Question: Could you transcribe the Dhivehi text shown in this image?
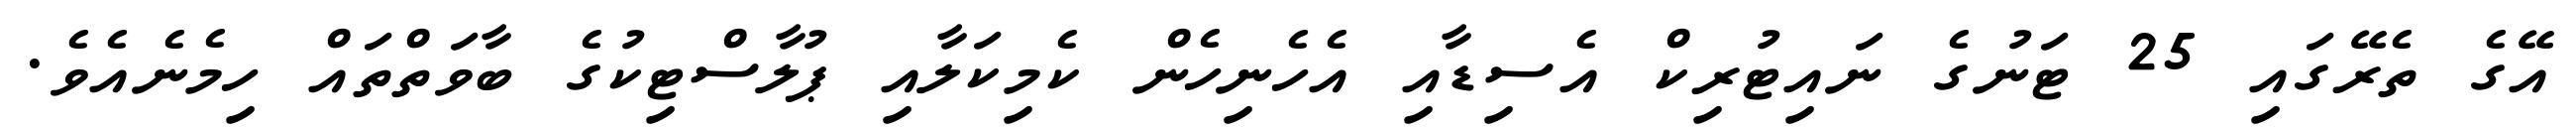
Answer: އޭގެ ތެރޭގައި 25 ޓަނުގެ ނައިޓުރިކް އެސިޑާއި އެހެނިހެން ކެމިކަލާއި ޕުލާސްޓިކުގެ ބާވަތްތައް ހިމެނެއެވެ.